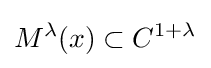
M^{\lambda }(x)\subset C^{1+\lambda }